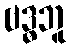
ဗဒ္ဓဘူ